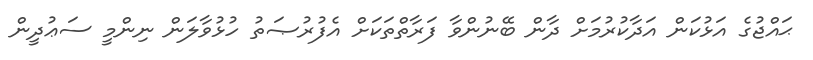
ޙައްޖުގެ އަޅުކަން އަދާކުރުމަށް ދާން ބޭނުންވާ ފަރާތްތަކަށް އެފުރުޞަތު ހުޅުވާލަން ނިންމީ ސަޢުދީން